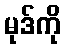
မုဒ်ကို